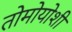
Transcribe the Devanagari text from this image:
तोमोयोशी